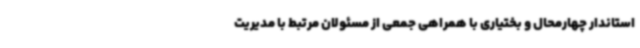
استاندار چهارمحال و بختیاری با همراهی جمعی از مسئولان مرتبط با مدیریت